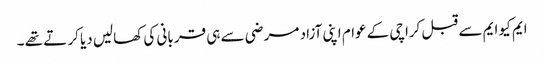
ایم کیو ایم سے قبل کراچی کے عوام اپنی آزاد مر ضی سے ہی قر بانی کی کھالیں دیا کر تے تھے ۔